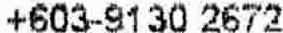
+603-9130 2672